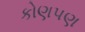
કોણપણ